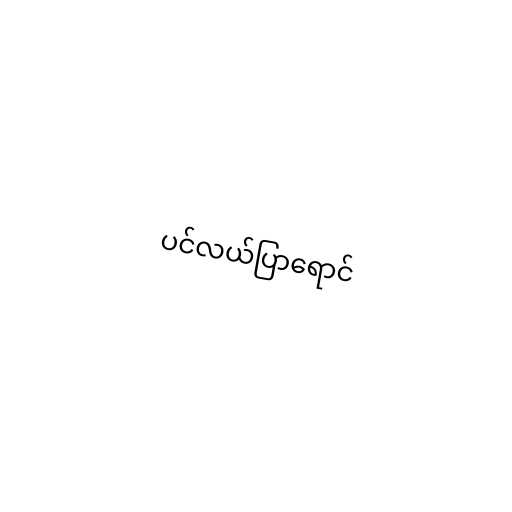
ပင်လယ်ပြာရောင်